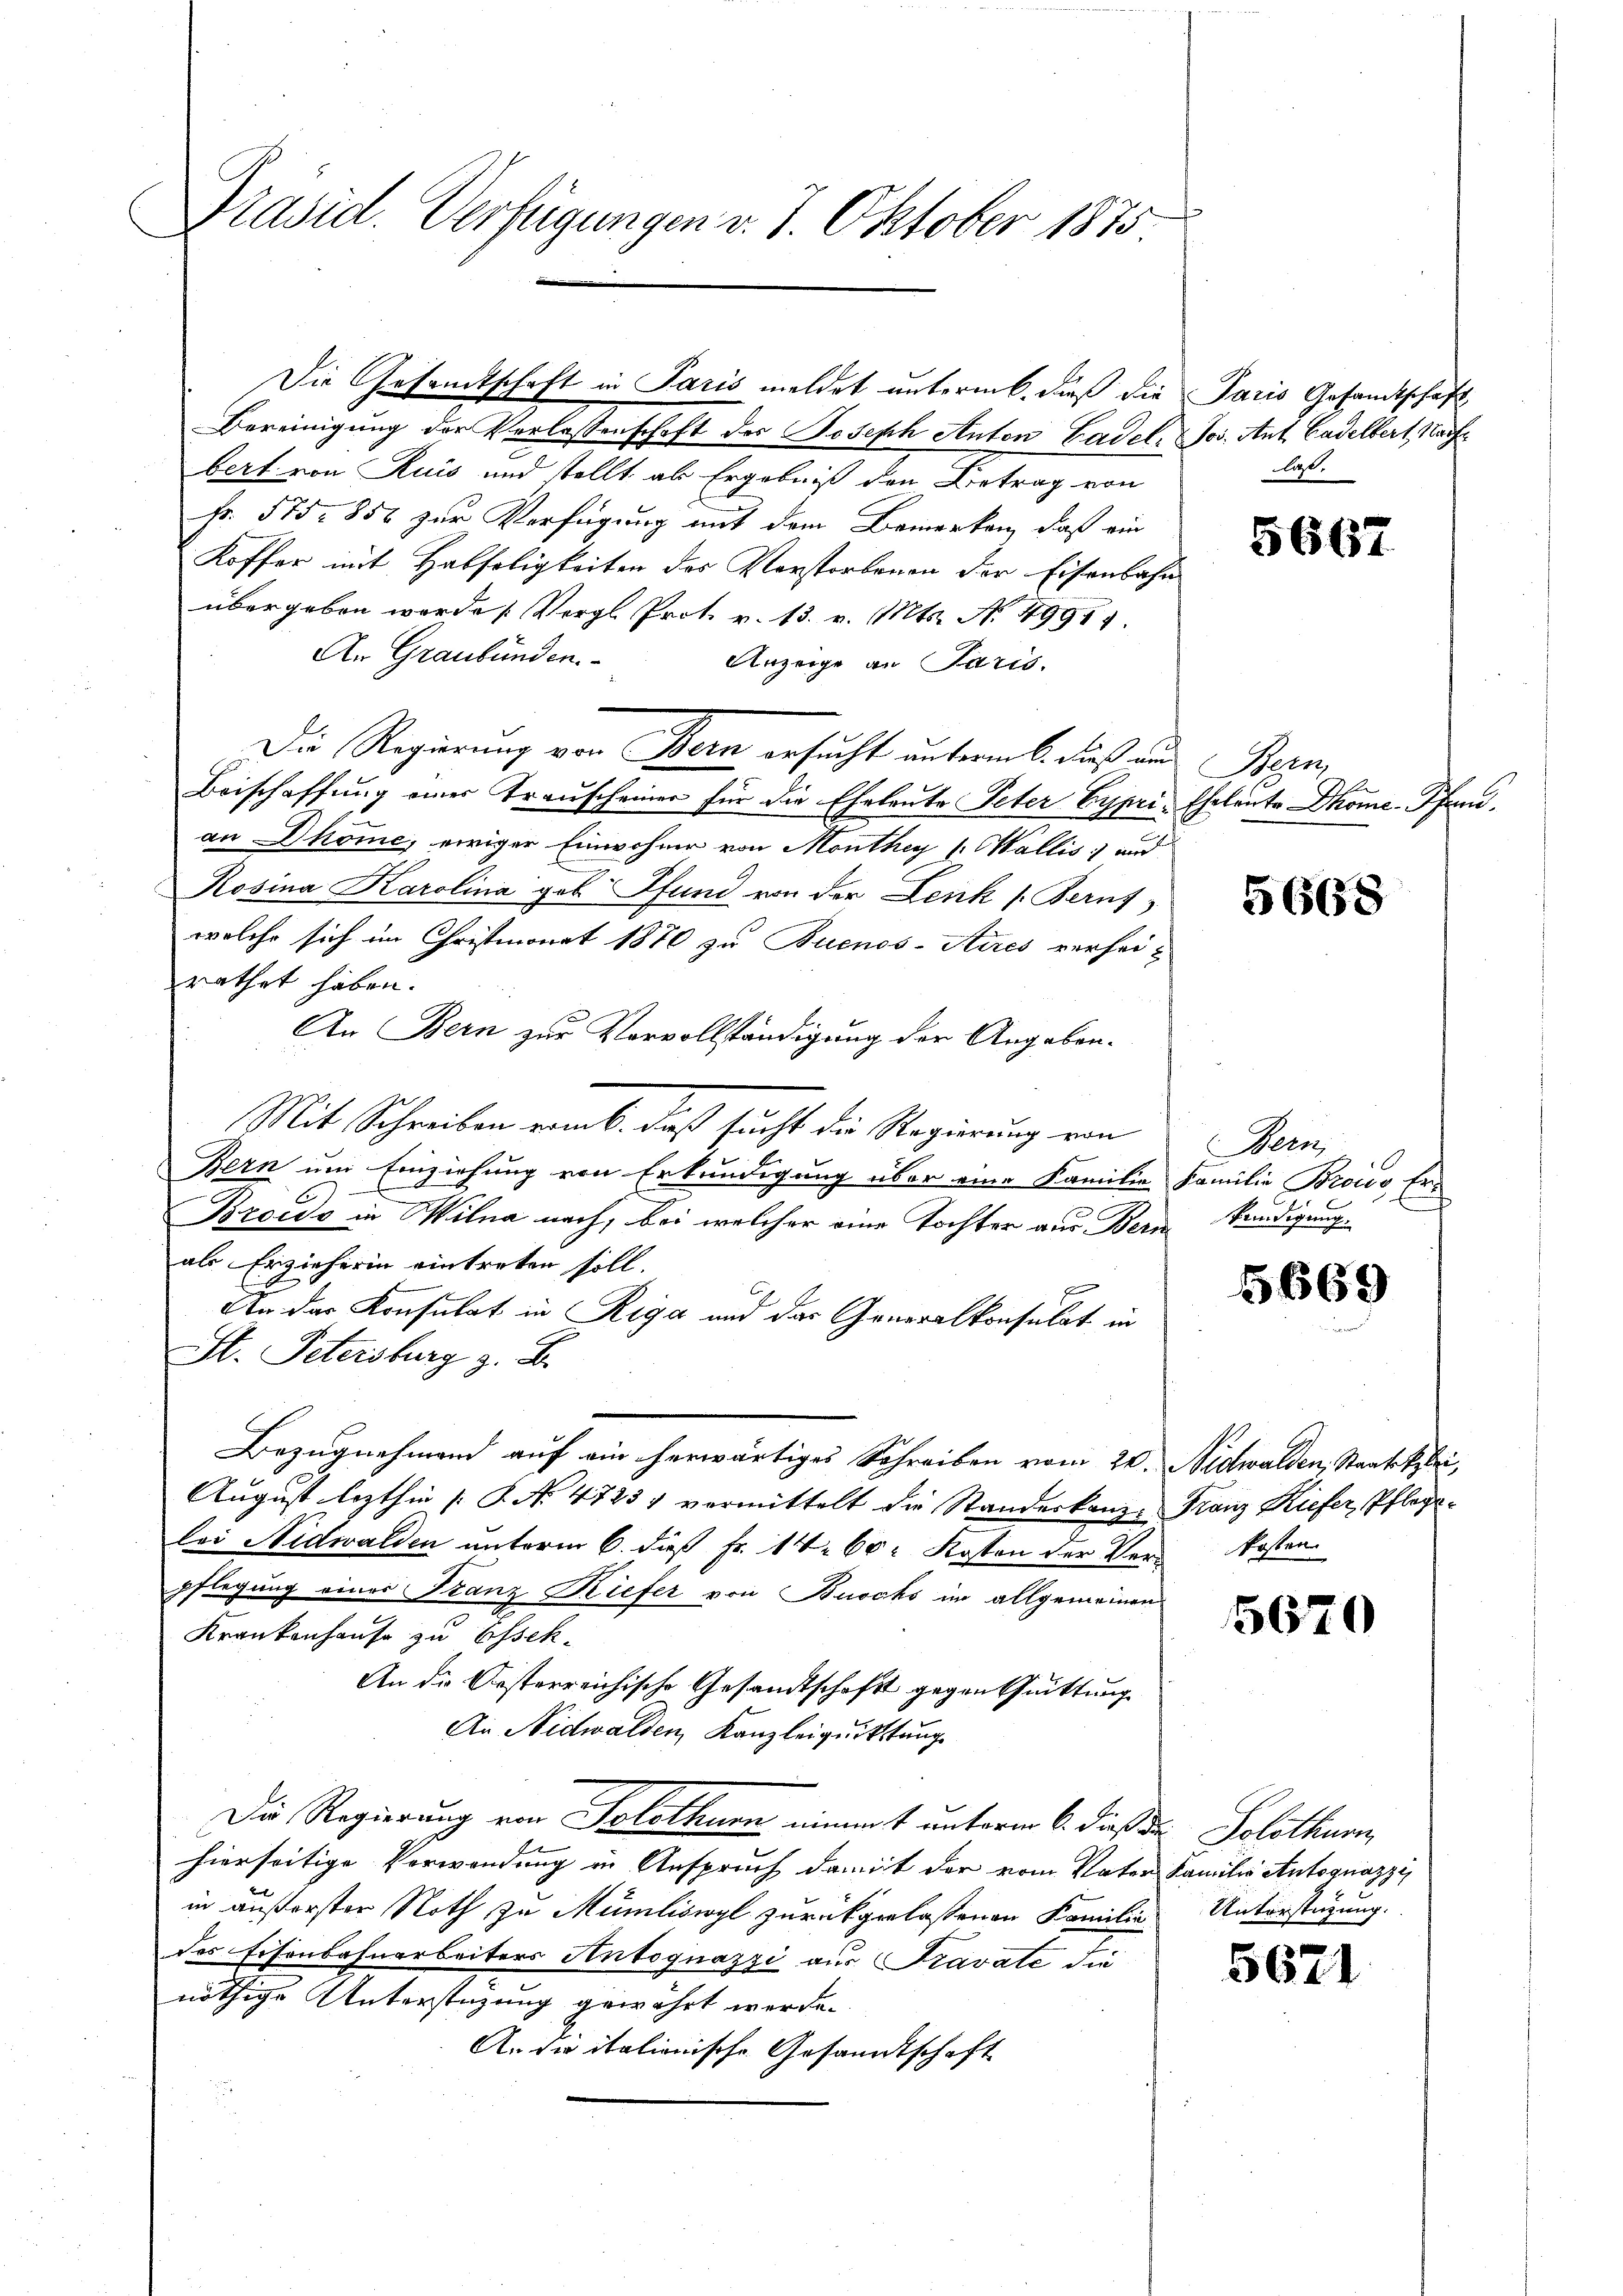
Präsid. Verfügungen v. 7. Oktober 1875

Bereinigung der Verlassenschaft des Joseph Anton Gadelbert von Ruis und stellt als Ergebniß den Betrag von
Fr. 575. 858 zur Verfügung mit dem Bemerken, daß ein
Koffer mit Habseligkeiten des Vorstorbenen der Eisenbahr
übergeben worde Vergl. Prot. v. 13. v. Mts. No. 49957.
An Graubünden.
Anzeige an Paris.
Die Regierung von Bern ersucht unterm 6. daß un
Beischaffung eines Trauscheiner für die Eheleute Peter Cyprian Dhonie, einiger Einwohner von Monthey ( Wallis und
Rosina Karolina geb Pfund von der Lenk s. Berns
welche sich im Christmonat 1870 zu Buenos-Aires verhei-
rathet haben.
An Bern zur Vervollständigung der Angeben.
Mit Schreiben vom b. daß sucht die Regierung von
Bern um Einziehung von Erkundigung über eine Familie
Broido in Wilna nach, bei welcher eine Tochter aus Beri
als Erzieherin eintreten soll.
E
An das Konsulat in Riga und der Generalkonsulat in
St. Petersburg z. B.
Bezugnehmend auf ein herwärtiges Schreiben vom 20.
August lezthin (: P. No 4723, vermittelt die Standeskanzlei Nidwalden unterm 6. dieß Fr. 14. 60 Kosten der Ver-Kosten
pflegung eines Franz Kiefer von Buochs im allgemeinen
Krankenhause zu Assek¬
An die Oesterreichische Gesandtschaft gegen Quittung
An Nidwalden, Kanzleiquittung
Die Regierung von Solothurn eimmat unterm 6. dieß der Solothurn
hierseitige Verwendung in Anspruch damit der vom Vater Familie Antognazzi,
in äußerster Roth zu Müniliswyl zurückgelassenen Familie
des Eisenbahnarbeiters Antognazzi aus Fravate die
nöthige Unterstüzung gewährt werde.
A. die italionische Gesandtschaft

Die Gesandtschaft in Paris meldet untermit, daß die

Paris Gesandtschaft
Jos. Ant. Gadelbert, Nach
last.

5667

Ben
Eheleute Dome-Pfenn

5668

Bern,
Familie Broies, Er¬
Kendigung.

5669

Nidwalden, Staatsklei
Franz Kiefer, Pflegt.

5670

Unterstützung.

5621